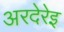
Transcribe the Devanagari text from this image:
अरदेरेइ